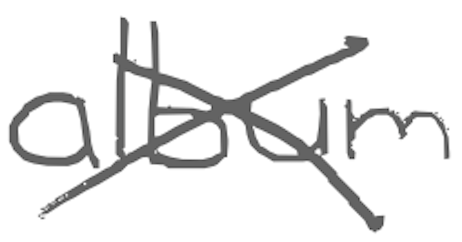
Text: album
Cross-out: cross
Writing tool: digital_gray